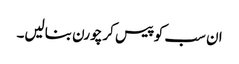
ان سب کو پیس کر چورن بنالیں۔